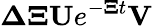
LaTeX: \mathbf{\Delta}\mathbf{\Xi}\mathbf{U}e^{-\mathbf{\Xi}t}\mathbf{V}